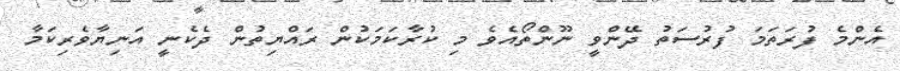
އެންމެ ފުރަތަމަ ފުރުސަތު ދޭންވީ ނޫންތޯއެވެ މި ކުރާކަމަކުން ރައްޔިތުން ދެކެނީ އަނިޔާވެރިކަމާ